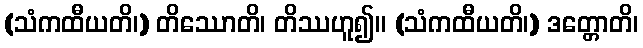
(သံကထီယတိ၊) တိဿောတိ၊ တိဿဟူ၍။ (သံကထီယတိ၊) ဒတ္တောတိ၊